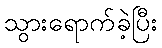
သွားရောက်ခဲ့ပြီး